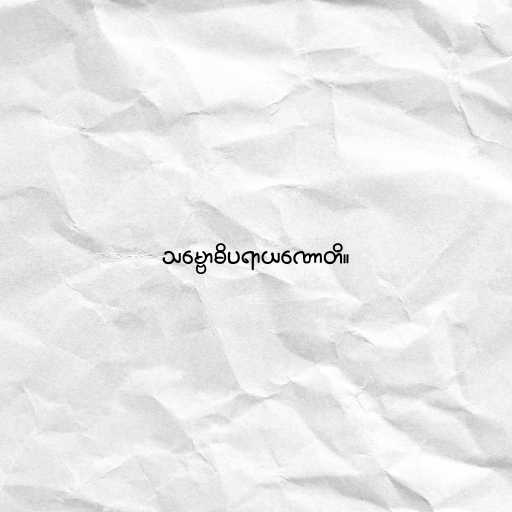
သမ္ဗောဓိပရာယဏောတိ။